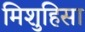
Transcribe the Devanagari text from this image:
मिशुहिसा